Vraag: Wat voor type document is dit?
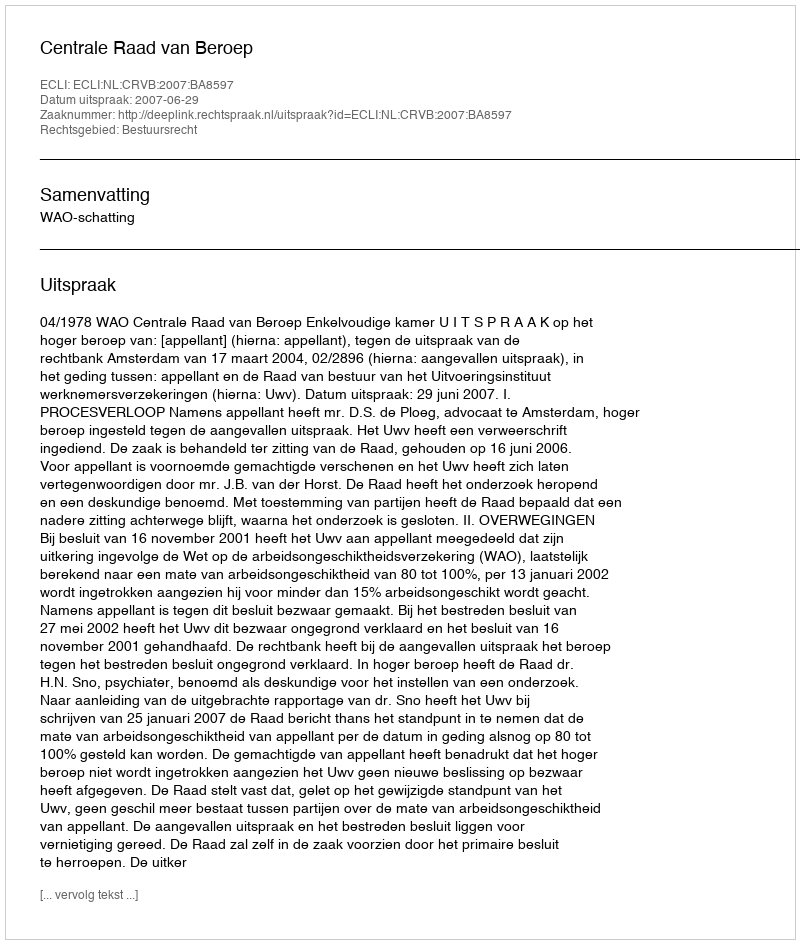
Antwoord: Uitspraak